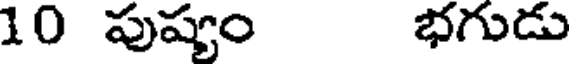
10 పుష్యం భగుడు